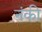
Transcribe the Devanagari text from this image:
नंकी